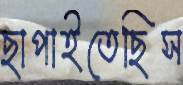
ছাপাইতেছিস